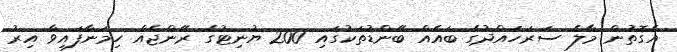
އެގޮތުން މާލެ ސަރަހައްދުގެ ބައެއް ބޭންޑުތަކުގައި 200 ޔުނިޓުގެ ރޭންޖެއް ހިމަނާފައިވާ އިރު